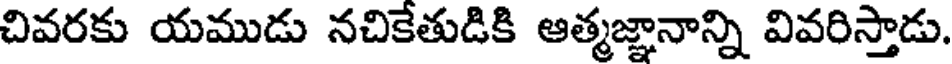
చివరకు యముడు నచికేతుడికి ఆత్మజ్ఞానాన్ని వివరిస్తాడు.